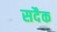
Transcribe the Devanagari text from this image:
सदैक